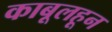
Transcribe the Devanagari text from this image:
काबूलहून